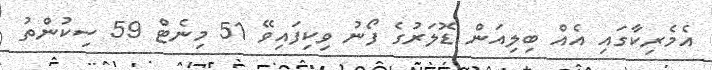
އެމެރިކާގައި އެއް ބިލިއަން ޑޮލަރުގެ ފޯނު ވިކިފައިވޭ 51 މިނެޓް 59 ސިކުންތު